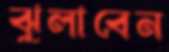
ঝুলাবেন